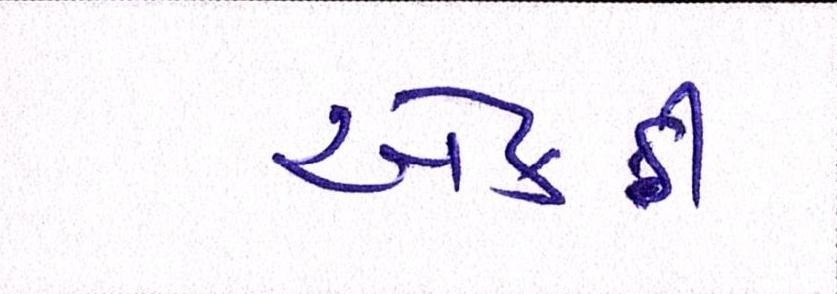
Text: એકઠી